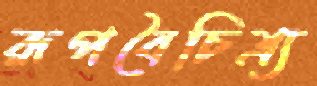
রূপবৈচিত্র্য